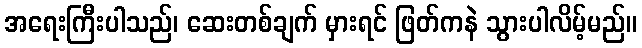
အရေးကြီးပါသည်၊ ဆေးတစ်ချက် မှားရင် ဖြတ်ကနဲ သွားပါလိမ့်မည်။